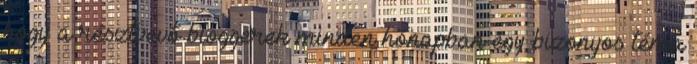
hogy a résztvevő bloggerek minden hónapban egy bizonyos téma